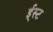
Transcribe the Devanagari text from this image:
ई्स्ट